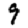
Digit: 9